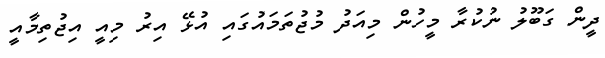
ދީން ގަބޫލު ނުކުރާ މީހުން މިއަދު މުޖުތަމައުގައި އުޅޭ އިރު މިއީ އިޖުތިމާއީ